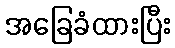
အခြေခံထားပြီး